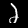
Digit: 2